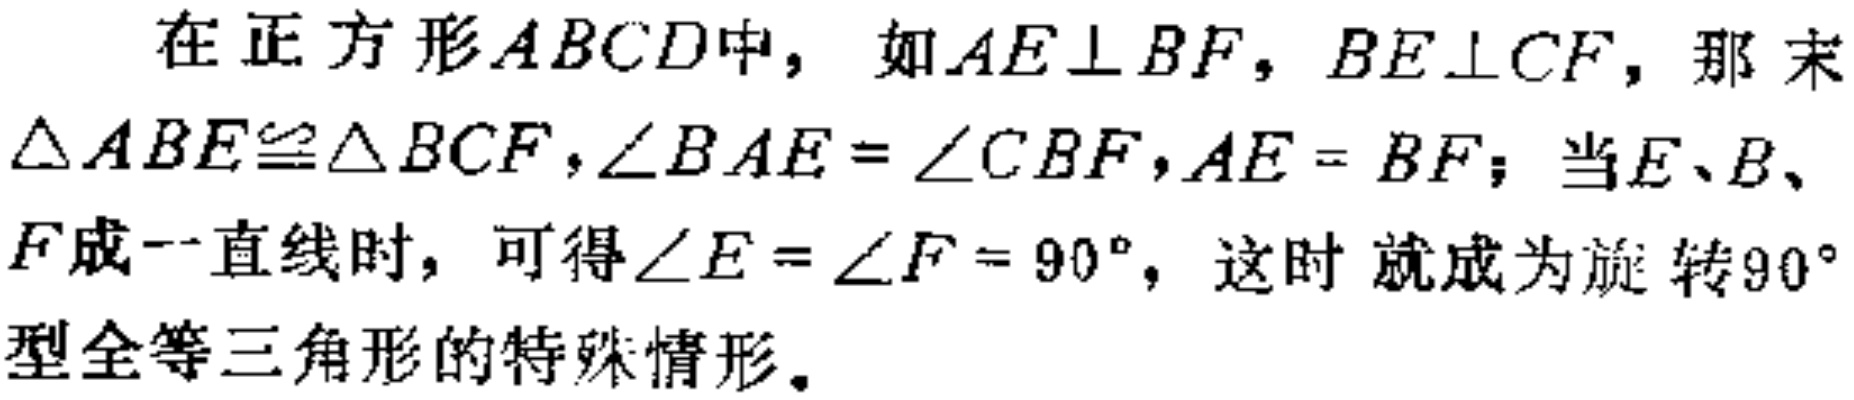
在正方形\(ABCD\)中，如\(AE\perp BF\)，\(BE\perp CF\)，那 末\(\triangle ABE\cong\triangle BCF\)，\(\angle BAE = \angle CBF\)，\(AE = BF\)；当\(E\)、\(B\)、\(F\)成一直线时，可得\(\angle E = \angle F = 90^{\circ}\)，这时 就成为旋转\(90^{\circ}\)型全等三角形的特殊情形。